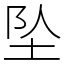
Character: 坠